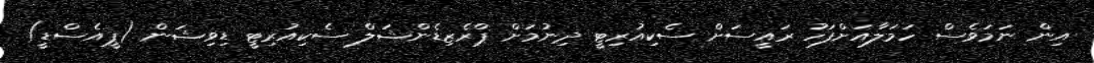
އިން ނަމަވެސް ހަމަލާއަށްފަހު ރައީސަށް ސެކިއުރިޓީ ދިނުމަށް ޕްރެޒިޑެންޝަލް ސެކިއުރިޓީ ޑިވިޝަން (ޕީއެސްޑީ)